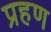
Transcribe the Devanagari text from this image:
प्रहण